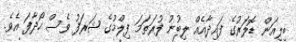
ބިލިއަން ޑޮލަރުގެ ފައިދާއެއް ލިބުނު ފުރަތަމަ ފިލްމުގެ ޝަރަފު ވެސް ހޯދާފަ އެވެ.